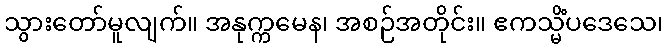
သွားတော်မူလျက်။ အနုက္ကမေန၊ အစဉ်အတိုင်း။ ဧကသ္မိံပဒေသေ၊